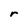
Character: r